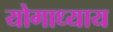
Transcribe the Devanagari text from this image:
योगाध्याय